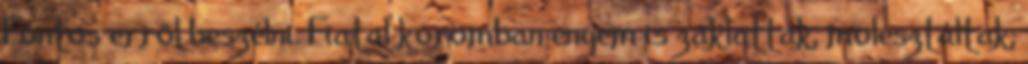
Fontos erről beszélni. Fiatal koromban engem is zaklattak, molesztáltak,